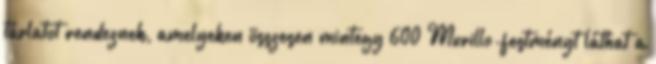
tárlatot rendeznek, amelyeken összesen mintegy 600 Murillo-festményt láthat a